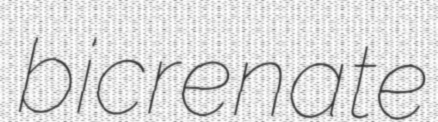
bicrenate